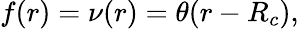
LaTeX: f(r)=\nu(r)=\theta(r-R_{c}),